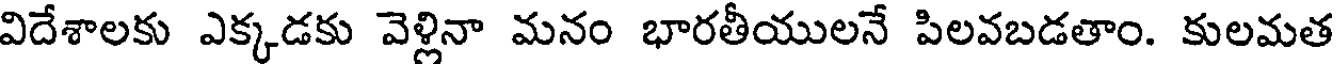
విదేశాలకు ఎక్కడకు వెళ్లినా మనం భారతీయులనే పిలవబడతాం. కులమత